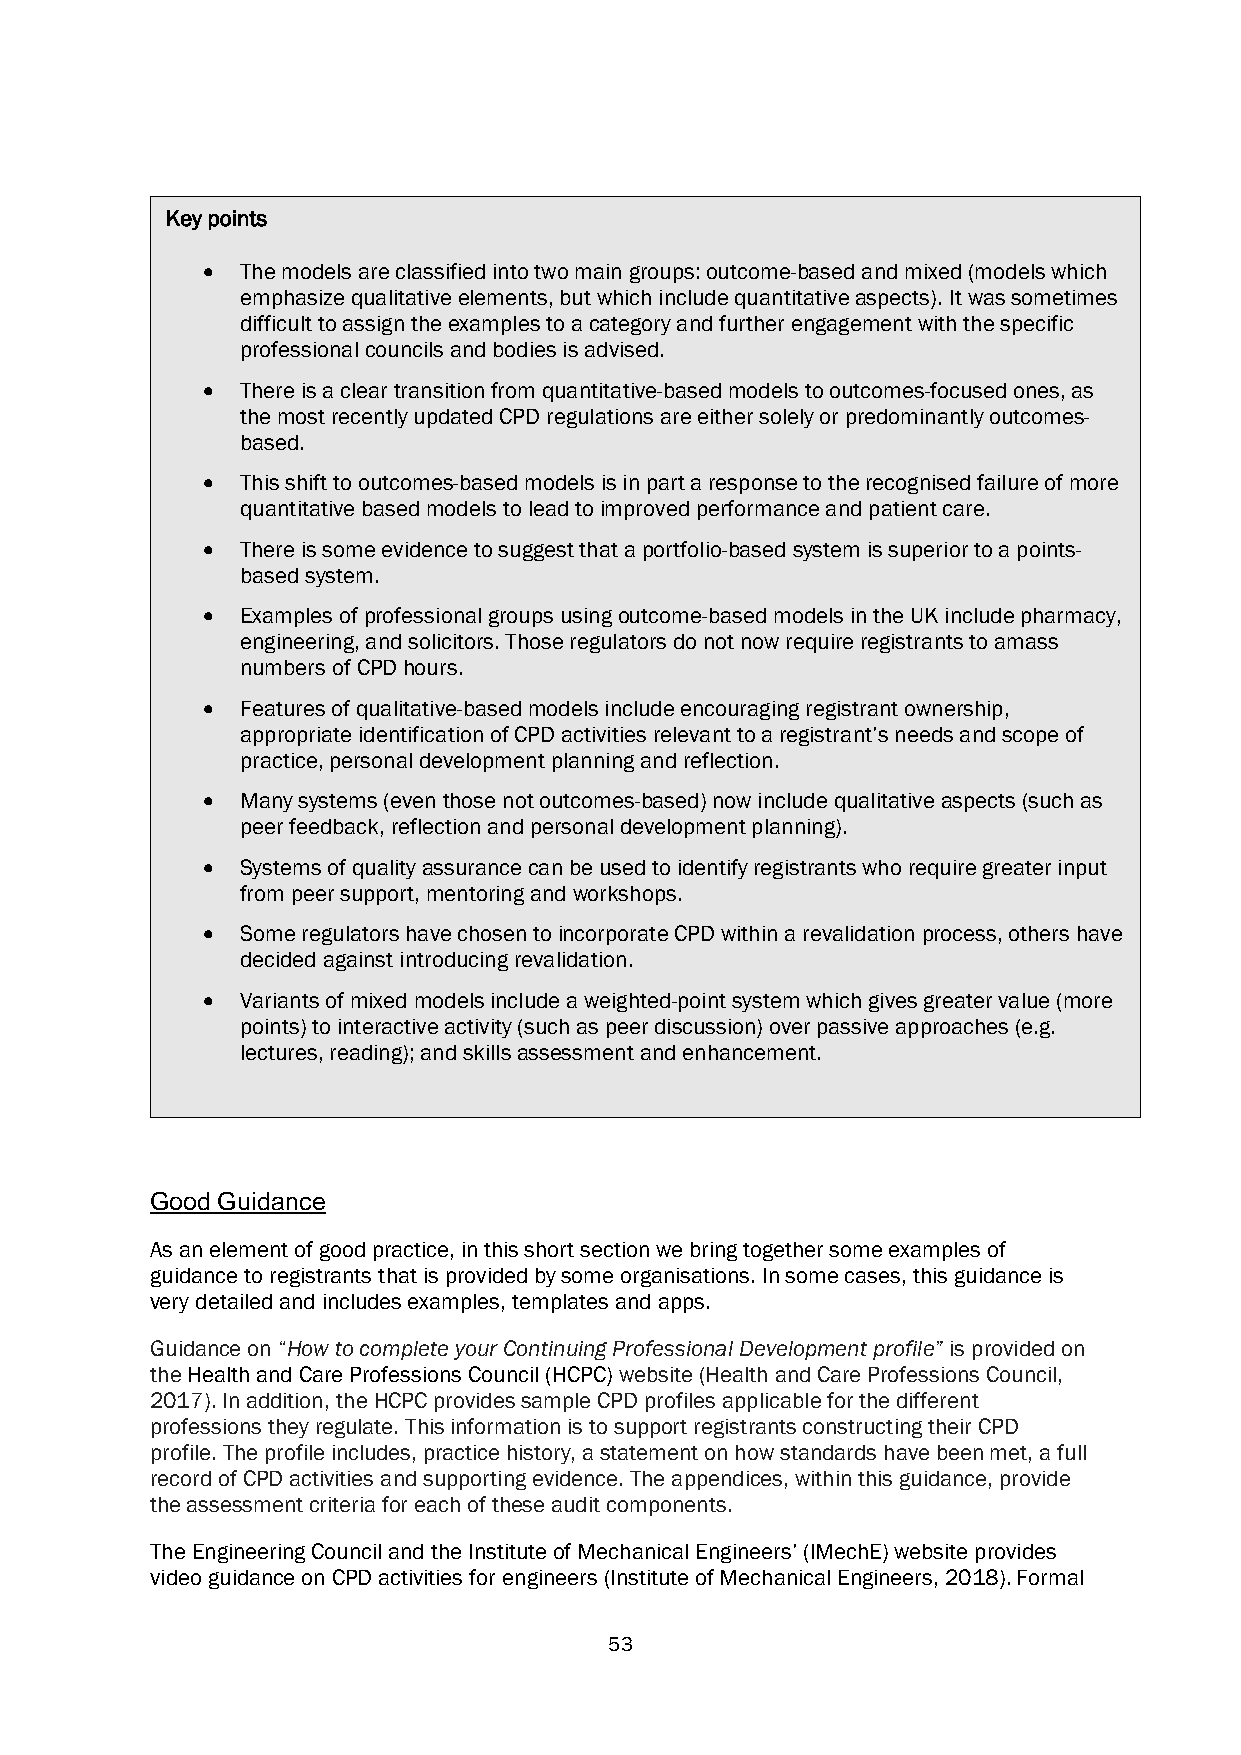
Key points
 •  The models are classified into two main groups: outcome-based and mixed (models which
 emphasize qualitative elements, but which include quantitative aspects). It was sometimes
 difficult to assign the examples to a category and further engagement with the specific
 professional councils and bodies is advised.
 •  There is a clear transition from quantitative-based models to outcomes-focused ones, as
 the most recently updated CPD regulations are either solely or predominantly outcomes-
 based.
 •  This shift to outcomes-based models is in part a response to the recognised failure of more
 quantitative based models to lead to improved performance and patient care.
 •  There is some evidence to suggest that a portfolio-based system is superior to a points-
 based system.
 •  Examples of professional groups using outcome-based models in the UK include pharmacy,
 engineering, and solicitors. Those regulators do not now require registrants to amass
 numbers of CPD hours.
 •  Features of qualitative-based models include encouraging registrant ownership,
 appropriate identification of CPD activities relevant to a registrant’s needs and scope of
 practice, personal development planning and reflection.
 •  Many systems (even those not outcomes-based) now include qualitative aspects (such as
 peer feedback, reflection and personal development planning).
 •  Systems of quality assurance can be used to identify registrants who require greater input
 from peer support, mentoring and workshops.
 •  Some regulators have chosen to incorporate CPD within a revalidation process, others have
 decided against introducing revalidation.
 •  Variants of mixed models include a weighted-point system which gives greater value (more
 points) to interactive activity (such as peer discussion) over passive approaches (e.g.
 lectures, reading); and skills assessment and enhancement.
 Good Guidance
 As an element of good practice, in this short section we bring together some examples of
 guidance to registrants that is provided by some organisations. In some cases, this guidance is
 very detailed and includes examples, templates and apps.
 Guidance on “How to complete your Continuing Professional Development profile” is provided on
 the Health and Care Professions Council (HCPC) website (Health and Care Professions Council,
 2017). In addition, the HCPC provides sample CPD profiles applicable for the different
 professions they regulate. This information is to support registrants constructing their CPD
 profile. The profile includes, practice history, a statement on how standards have been met, a full
 record of CPD activities and supporting evidence. The appendices, within this guidance, provide
 the assessment criteria for each of these audit components.
 The Engineering Council and the Institute of Mechanical Engineers’ (IMechE) website provides
 video guidance on CPD activities for engineers (Institute of Mechanical Engineers, 2018). Formal
 53